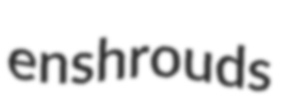
enshrouds